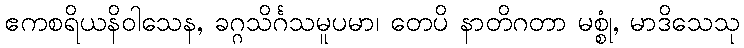
ဧကစရိယနိဝါသေန, ခဂ္ဂသိင်္ဂသမူပမာ၊ တေပိ နာတိဂတာ မစ္စုံ, မာဒိသေသု